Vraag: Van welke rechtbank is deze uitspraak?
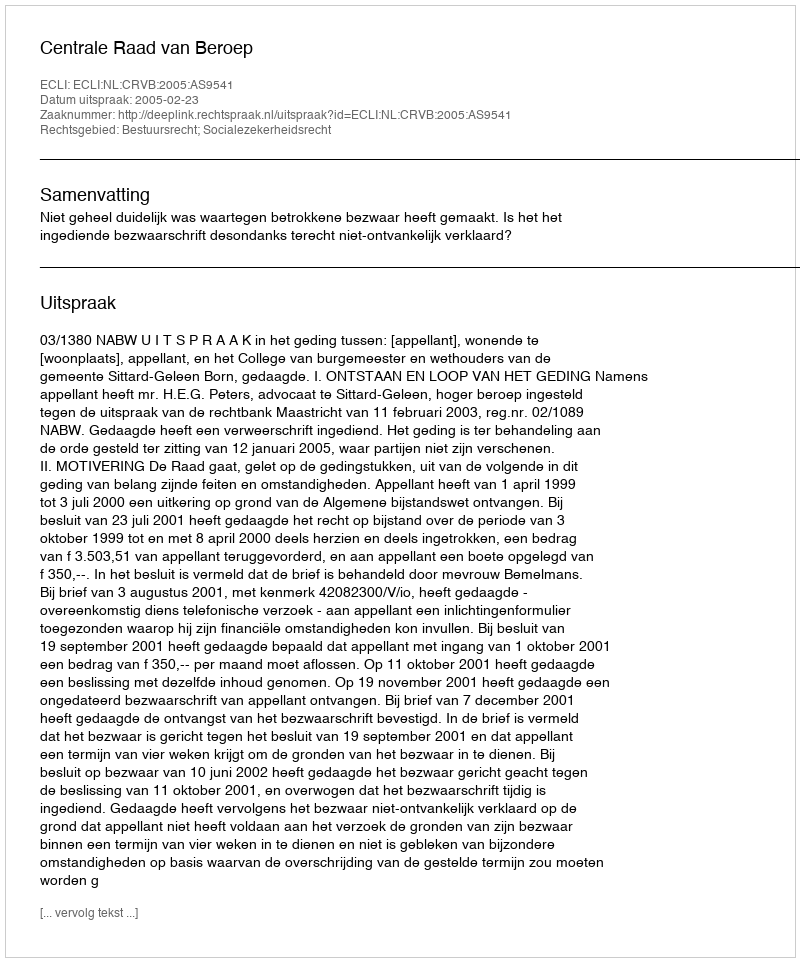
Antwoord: Centrale Raad van Beroep